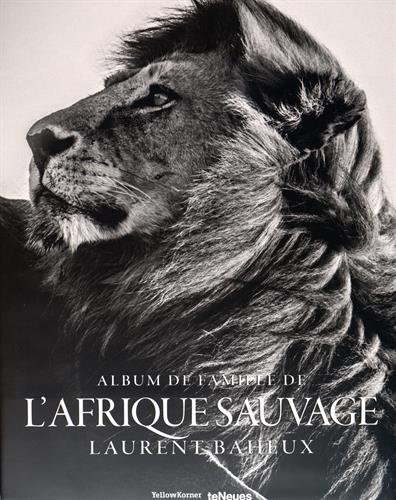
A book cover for The Family Album of Wild Africa; Travel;